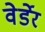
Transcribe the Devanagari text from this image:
वेर्डेर